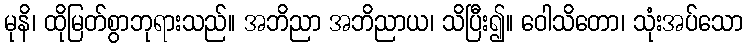
မုနိ၊ ထိုမြတ်စွာဘုရားသည်။ အဘိညာ အဘိညာယ၊ သိပြီး၍။ ဝေါသိတော၊ သုံးအပ်သော